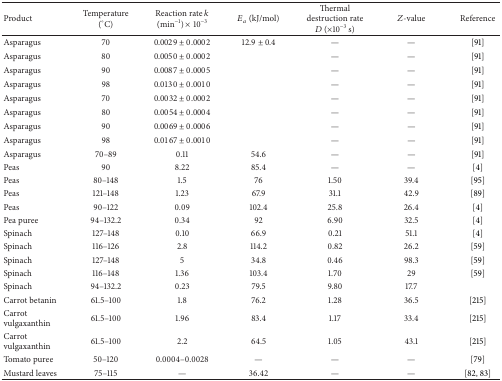
<table><thead><tr><td><b>Product</b></td><td><b>Temperature (°C)</b></td><td><b>Reaction rate <i>k</i> (min<sup>−1</sup>) × 10<sup>−3</sup></b></td><td><b><i>E</i><sub><i>a</i></sub> (kJ/mol)</b></td><td><b>Thermal destruction rate <i>D</i> (×10<sup>−3</sup> s)</b></td><td><b><i>Z</i>-value</b></td><td><b>Reference</b></td></tr></thead><tbody><tr><td>Asparagus</td><td>70</td><td>0.0029 ± 0.0002</td><td>12.9 ± 0.4</td><td>—</td><td>—</td><td> [91]</td></tr><tr><td>Asparagus</td><td>80</td><td>0.0050 ± 0.0002</td><td> </td><td>—</td><td>—</td><td> [91]</td></tr><tr><td>Asparagus</td><td>90</td><td>0.0087 ± 0.0005</td><td> </td><td>—</td><td>—</td><td> [91]</td></tr><tr><td>Asparagus</td><td>98</td><td>0.0130 ± 0.0010</td><td> </td><td>—</td><td>—</td><td> [91]</td></tr><tr><td>Asparagus</td><td>70</td><td>0.0032 ± 0.0002</td><td> </td><td>—</td><td>—</td><td> [91]</td></tr><tr><td>Asparagus</td><td>80</td><td>0.0054 ± 0.0004</td><td> </td><td>—</td><td>—</td><td> [91]</td></tr><tr><td>Asparagus</td><td>90</td><td>0.0069 ± 0.0006</td><td> </td><td>—</td><td>—</td><td> [91]</td></tr><tr><td>Asparagus</td><td>98</td><td>0.0167 ± 0.0010</td><td> </td><td>—</td><td>—</td><td> [91]</td></tr><tr><td>Asparagus</td><td>70–89</td><td>0.11</td><td>54.6</td><td>—</td><td>—</td><td> [91]</td></tr><tr><td>Peas</td><td>90</td><td>8.22</td><td>85.4</td><td>—</td><td>—</td><td> [4]</td></tr><tr><td>Peas</td><td>80–148</td><td>1.5</td><td>76</td><td>1.50</td><td>39.4</td><td> [95]</td></tr><tr><td>Peas</td><td>121–148</td><td>1.23</td><td>67.9</td><td>31.1</td><td>42.9</td><td> [89]</td></tr><tr><td>Peas</td><td>90–122</td><td>0.09</td><td>102.4</td><td>25.8</td><td>26.4</td><td> [4]</td></tr><tr><td>Pea puree</td><td>94–132.2</td><td>0.34</td><td>92</td><td>6.90</td><td>32.5</td><td> [4]</td></tr><tr><td>Spinach</td><td>127–148</td><td>0.10</td><td>66.9</td><td>0.21</td><td>51.1</td><td> [4]</td></tr><tr><td>Spinach</td><td>116–126</td><td>2.8</td><td>114.2</td><td>0.82</td><td>26.2</td><td> [59]</td></tr><tr><td>Spinach</td><td>127–148</td><td>5</td><td>34.8</td><td>0.46</td><td>98.3</td><td> [59]</td></tr><tr><td>Spinach</td><td>116–148</td><td>1.36</td><td>103.4</td><td>1.70</td><td>29</td><td> [59]</td></tr><tr><td>Spinach</td><td>94–132.2</td><td>0.23</td><td>79.5</td><td>9.80</td><td>17.7</td><td> </td></tr><tr><td>Carrot betanin</td><td>61.5–100</td><td>1.8</td><td>76.2</td><td>1.28</td><td>36.5</td><td> [215]</td></tr><tr><td>Carrot vulgaxanthin</td><td>61.5–100</td><td>1.96</td><td>83.4</td><td>1.17</td><td>33.4</td><td> [215]</td></tr><tr><td>Carrot vulgaxanthin</td><td>61.5–100</td><td>2.2</td><td>64.5</td><td>1.05</td><td>43.1</td><td> [215]</td></tr><tr><td>Tomato puree</td><td>50–120</td><td>0.0004–0.0028</td><td>—</td><td>—</td><td>—</td><td> [79]</td></tr><tr><td>Mustard leaves</td><td>75–115</td><td>—</td><td>36.42</td><td>—</td><td>—</td><td> [82, 83]</td></tr></tbody></table>